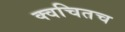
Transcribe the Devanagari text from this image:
क्‍वचितच